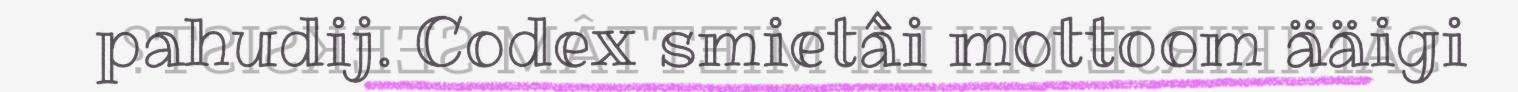
pahudij. Codex smietâi mottoom ääigi